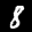
Label: 8